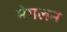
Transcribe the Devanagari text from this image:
मेगलन